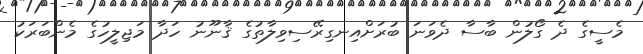
މެސީގެ ދެ ގޯލުން ބާސާ ދެވަނަ ބުރަށްއިނގިރޭސިވިލާތުގެ ޤާނޫނު ހަދާ މަޖިލީހުގެ މެންބަރަކު